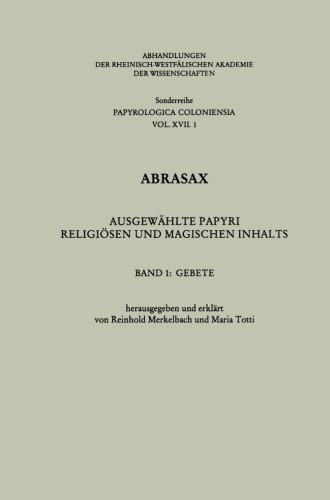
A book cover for Abrasax: AusgewÃ¤hlte Papyri ReligiÃ¶sen und Magischen Inhalts: Gebete (Abhandlungen der Rheinisch-WestfÃ¤lischen Akademie der Wissenschaften) (German Edition); Reinhold Merkelbach; Religion & Spirituality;